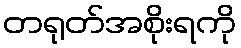
တရုတ်အစိုးရကို